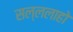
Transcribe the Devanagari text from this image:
सल्ललाहो